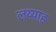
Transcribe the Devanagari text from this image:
लय्याह